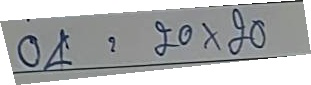
04 = 20 x 20